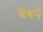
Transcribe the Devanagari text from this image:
वेबर्न